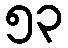
၅၃